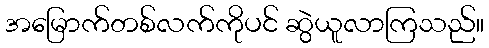
အမြောက်တစ်လက်ကိုပင် ဆွဲယူလာကြသည်။